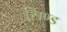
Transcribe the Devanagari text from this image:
सिण्ड